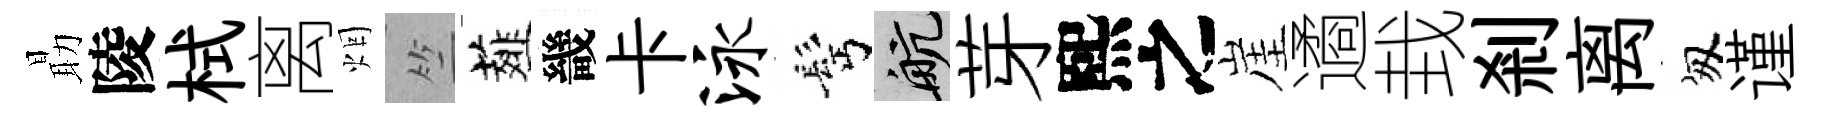
朂陵栻离烟竺薤畿卡泳髩航芽熙之崖遹㘽剎离匆谨